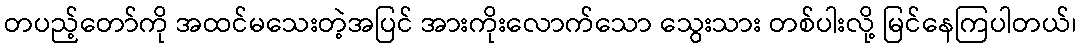
တပည့်တော်ကို အထင်မသေးတဲ့အပြင် အားကိုးလောက်သော သွေးသား တစ်ပါးလို့ မြင်နေကြပါတယ်၊